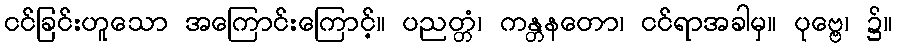
ငင်ခြင်းဟူသော အကြောင်းကြောင့်။ ပညတ္တံ၊ ကန္တနတော၊ ငင်ရာအခါမှ။ ပုဗ္ဗေ၊ ၌။